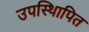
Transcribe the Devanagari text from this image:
उपस्थिापित